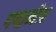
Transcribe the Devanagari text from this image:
पद्मनेत्र